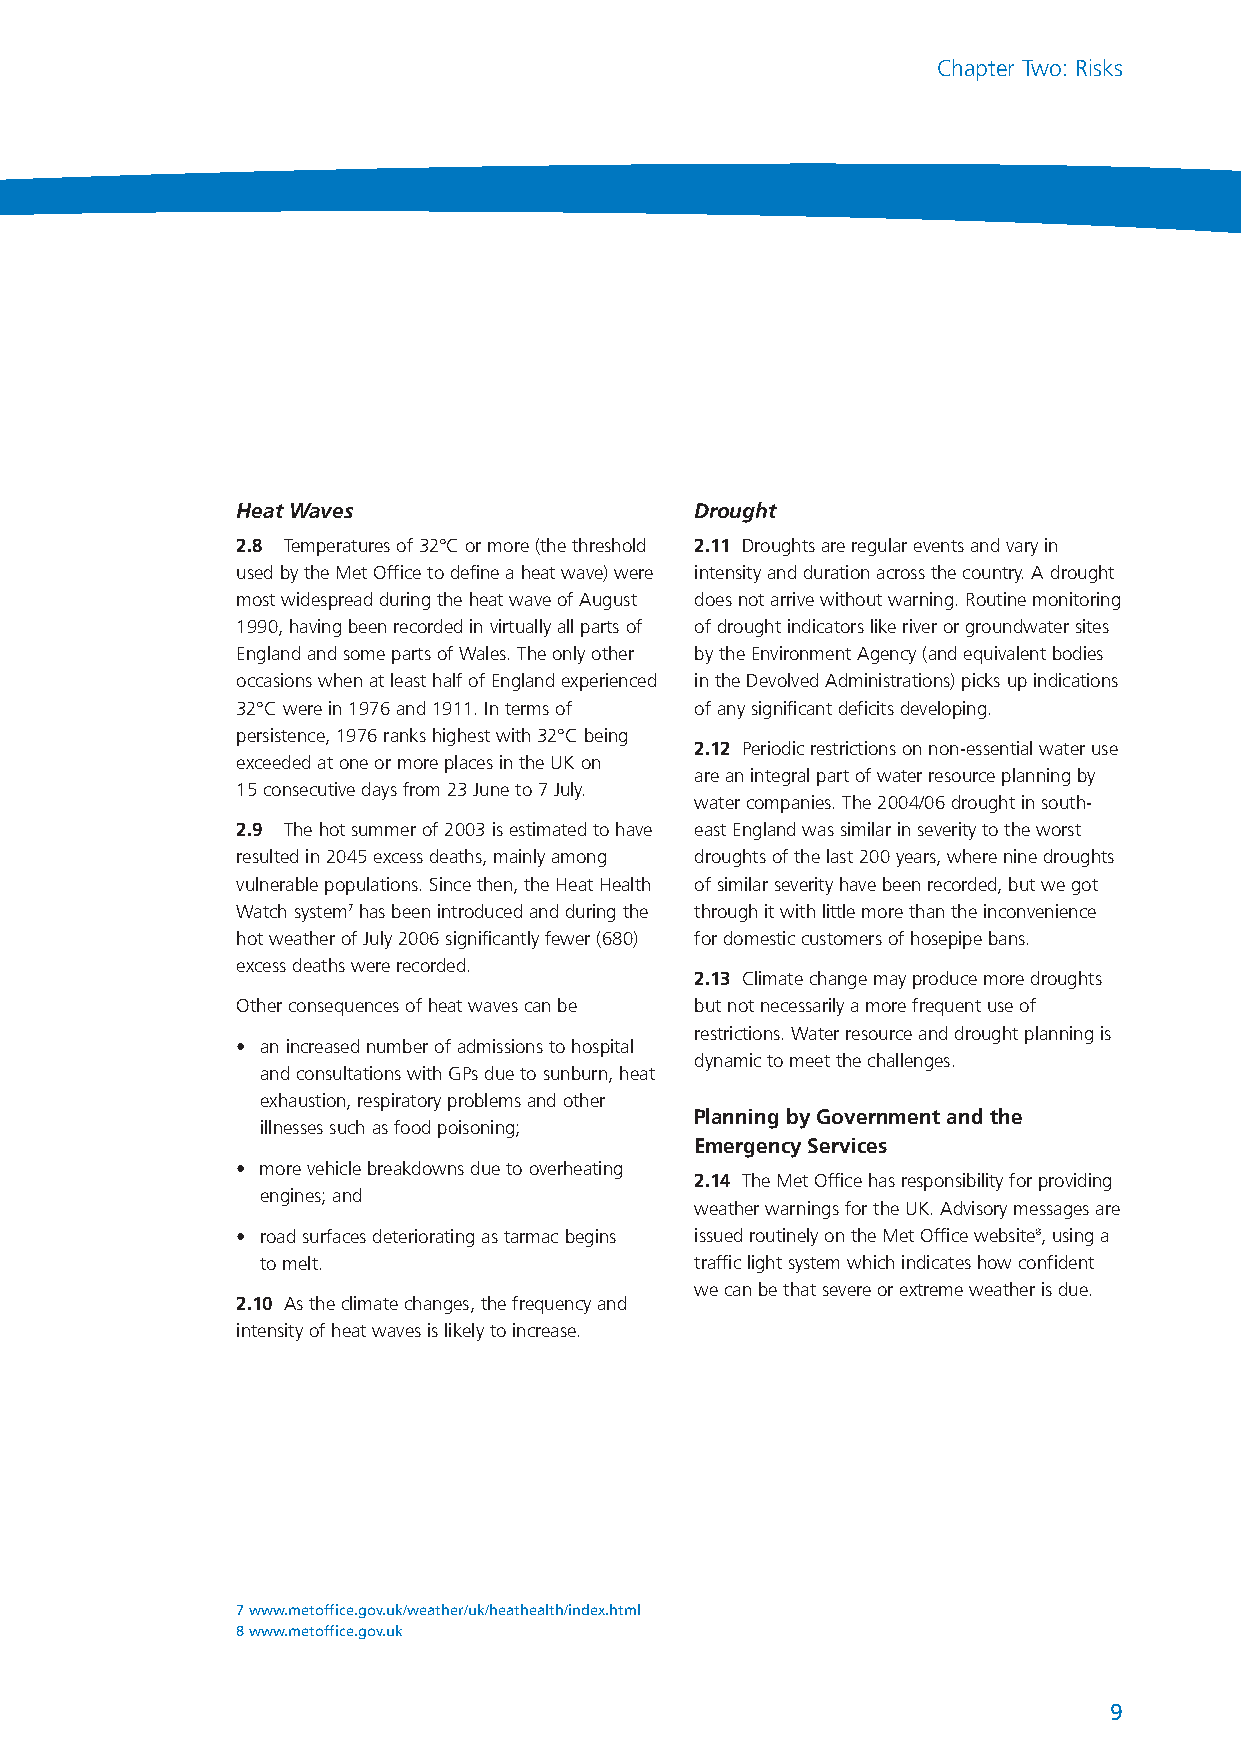
NationalRiskRegister_289116 17/7/08 2:22 pm Page 9
 Chapter Two: Risks
 Heat Waves                    Drought
 2.8 Temperatures of 32°C or more (the threshold 2.11 Droughts are regular events and vary in
 used by the Met Office to define a heat wave) were intensity and duration across the country. A drought
 most widespread during the heat wave of August does not arrive without warning. Routine monitoring
 1990, having been recorded in virtually all parts of of drought indicators like river or groundwater sites
 England and some parts of Wales. The only other by the Environment Agency (and equivalent bodies
 occasions when at least half of England experienced in the Devolved Administrations) picks up indications
 32°C were in 1976 and 1911. In terms of of any significant deficits developing.
 persistence, 1976 ranks highest with 32°C being
 2.12 Periodic restrictions on non-essential water use
 exceeded at one or more places in the UK on
 are an integral part of water resource planning by
 15 consecutive days from 23 June to 7 July.
 water companies. The 2004/06 drought in south-
 2.9 The hot summer of 2003 is estimated to have east England was similar in severity to the worst
 resulted in 2045 excess deaths, mainly among droughts of the last 200 years, where nine droughts
 vulnerable populations. Since then, the Heat Health of similar severity have been recorded, but we got
 Watch system7has been introduced and during the through it with little more than the inconvenience
 hot weather of July 2006 significantly fewer (680) for domestic customers of hosepipe bans.
 excess deaths were recorded.
 2.13 Climate change may produce more droughts
 Other consequences of heat waves can be but not necessarily a more frequent use of
 restrictions. Water resource and drought planning is
 • an increased number of admissions to hospital
 dynamic to meet the challenges.
 and consultations with GPs due to sunburn, heat
 exhaustion, respiratory problems and other
 Planning by Government and the
 illnesses such as food poisoning;
 Emergency Services
 • more vehicle breakdowns due to overheating
 2.14 The Met Office has responsibility for providing
 engines; and
 weather warnings for the UK. Advisory messages are
 • road surfaces deteriorating as tarmac begins issued routinely on the Met Office website8, using a
 to melt.                     traffic light system which indicates how confident
 we can be that severe or extreme weather is due.
 2.10 As the climate changes, the frequency and
 intensity of heat waves is likely to increase.
 7 www.metoffice.gov.uk/weather/uk/heathealth/index.html
 8 www.metoffice.gov.uk
 9